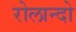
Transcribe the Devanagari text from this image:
रोलान्दो